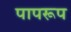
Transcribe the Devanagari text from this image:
पापरूप